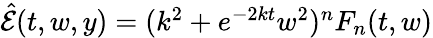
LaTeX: \begin{array}{r}{\hat{\mathcal E}(t,w,y)=(k^{2}+e^{-2kt}w^{2})^{n}F_{n}(t,w)}\end{array}